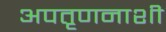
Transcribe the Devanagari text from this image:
अपतृणनाशी